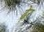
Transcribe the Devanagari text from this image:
ढे़र